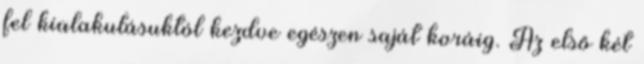
fel kialakulásuktól kezdve egészen saját koráig. Az első két